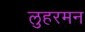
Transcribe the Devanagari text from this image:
लुहरमन